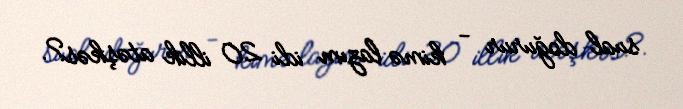
sual doğurur - kimə lazım idi 20 illik atəşkəs?.